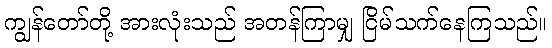
ကျွန်တော်တို့ အားလုံးသည် အတန်ကြာမျှ ငြိမ်သက်နေကြသည်။